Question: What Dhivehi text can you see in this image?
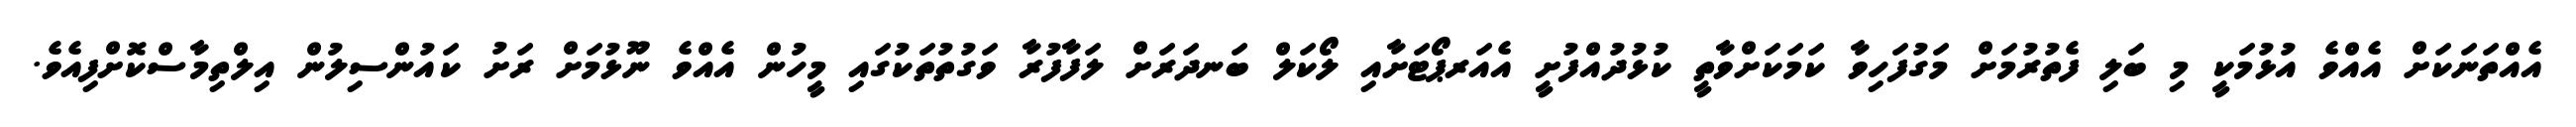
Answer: އެއްތަނަކަށް އެއްވެ އުޅުމަކީ މި ބަލި ފެތުރުމަށް މަގުފަހިވާ ކަމަކަށްވާތީ ކުޅުދުއްފުށީ އެއަރޕޯޓަށާއި ލޯކަލް ބަނދަރަށް ލަފާފުރާ ވަގުތުތަކުގައި މީހުން އެއްވެ ނޫޅުމަށް ރަށު ކައުންސިލުން އިލްތިމާސްކޮށްފިއެވެ.